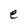
Character: e